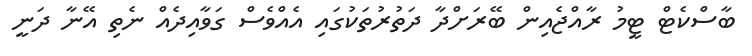
ބާސްކެޓް ޓީމު ރާއްޖެއިން ބޭރަށްދާ ދަތުރުތަކުގައި އެއްވެސް ގަވާއިދެއް ނެތި އޭނާ ދަނީ